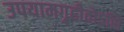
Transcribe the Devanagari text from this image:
उपयामगृहीतोऽसि